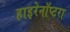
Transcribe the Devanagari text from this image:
हाइरेनॉप्टरा